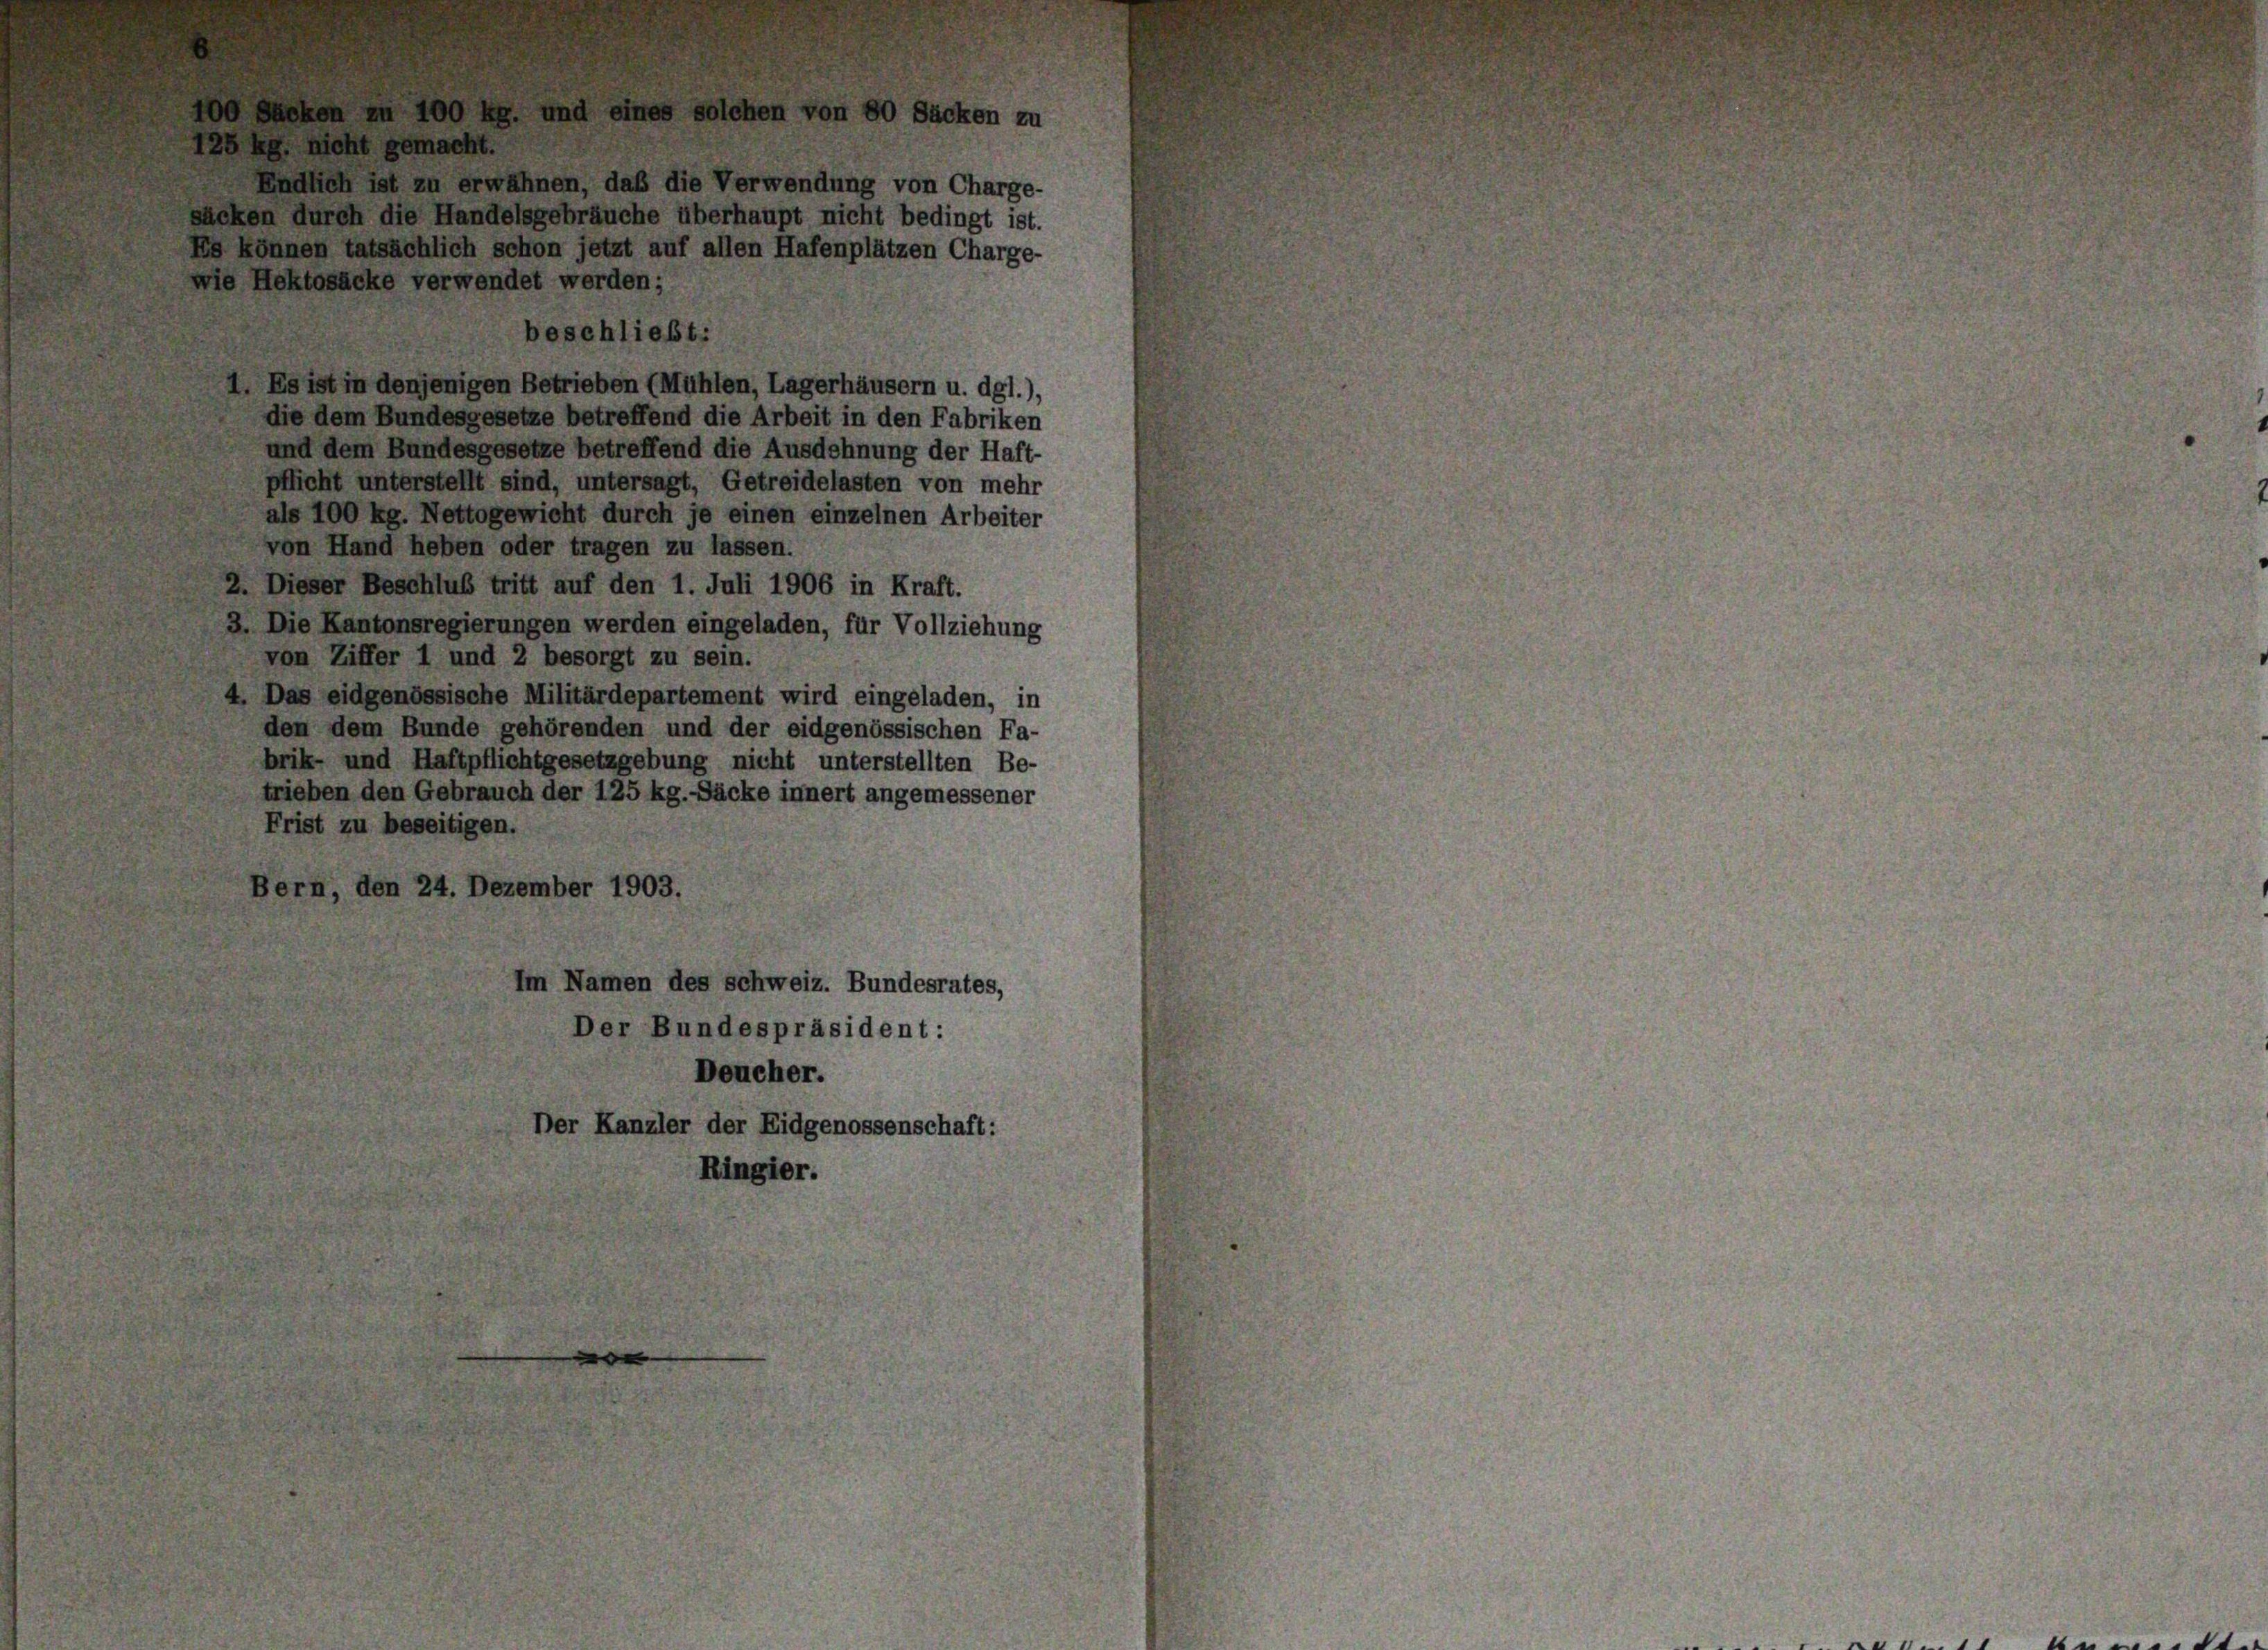
edlich ist zu erwähnen, daß die Verwendung von Charge-
durch die Handelsgebräuche überhaupt nicht bedingt ist.
nen tatsächlich schon jetzt auf allen Hafenplätzen Charge-
sktosäcke verwendet werden;
beschließt:
1. Es ist in denjenigen Betrieben (Mühlen, Lagerhäusern u. dgl.),

die dem Bundesgesetze betreffend die Arbeit in den Fabriken
und dem Bundesgesetze betreffend die Ausdehnung der Haft-
pflicht unterstellt sind, untersagt, Getreidelasten von mehr
als 100 kg. Nettogewicht durch je einen einzelnen Arbeiter
von Hand heben oder tragen zu lassen.
2. Dieser Beschluß tritt auf den 1. Juli 1906 in Kraft.
3. Die Kantonsregierungen werden eingeladen, für Vollziehung
von Ziffer 1 und 2 besorgt zu sein.
4. Das eidgenössische Militärdepartement wird eingeladen, in
den dem Bunde gehörenden und der eidgenössischen Fa-
brik- und Haftpflichtgesetzgebung nicht unterstellten Be-
trieben den Gebrauch der 125 kg.-Säcke innert angemessener
Frist zu beseitigen.
Bern, den 24. Dezember 1903.
Im Namen des Schweiz. Bundesrates,
Der Bundespräsident:
Deucher.
Der Kanzler der Eidgenossenschaft:
Ringier.